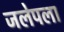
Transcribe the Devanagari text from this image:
जलेपला